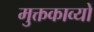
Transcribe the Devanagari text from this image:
मुक्तकाव्यों